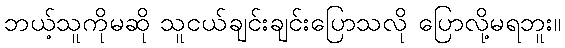
ဘယ့်သူကိုမဆို သူငယ်ချင်းချင်းပြောသလို ပြောလို့မရဘူး။